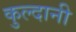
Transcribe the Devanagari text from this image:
कुल्दानी